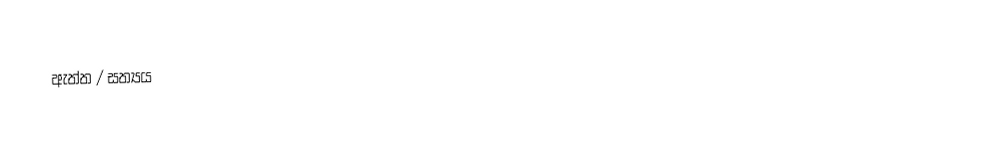
ඇත්ත / සත්‍යය